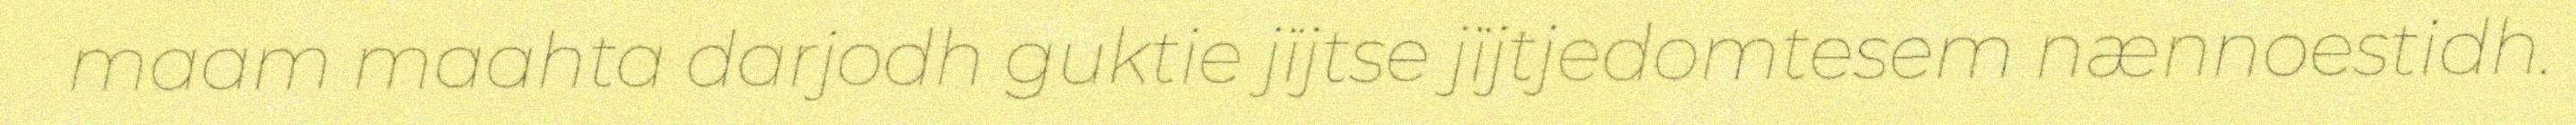
maam maahta darjodh guktie jïjtse jïjtjedomtesem nænnoestidh.